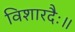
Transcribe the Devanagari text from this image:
विशारदैः॥